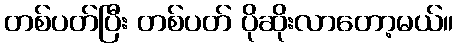
တစ်ပတ်ပြီး တစ်ပတ် ပိုဆိုးလာတော့မယ်။